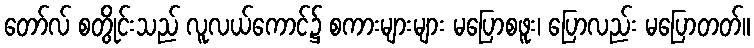
တော်လ် စတွိုင်းသည် လူလယ်ကောင်၌ စကားများများ မပြောစဖူး၊ ပြောလည်း မပြောတတ်။